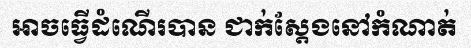
អាចធ្វើដំណើរបាន ជាក់ស្តែងនៅកំណាត់